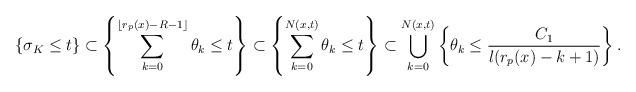
LaTeX: \begin{align*}\{\sigma_K\leq t\}&\subset \left\{\sum_{k=0}^{\lfloor r_p(x)-R-1\rfloor }\theta_k\leq t \right\}\subset \left\{\sum_{k=0}^{N(x,t)}\theta_k\leq t \right\}\subset \bigcup_{k=0}^{N(x,t)}\left\{\theta_k\leq \frac{C_1}{l(r_p(x)-k+1)} \right\}.\end{align*}